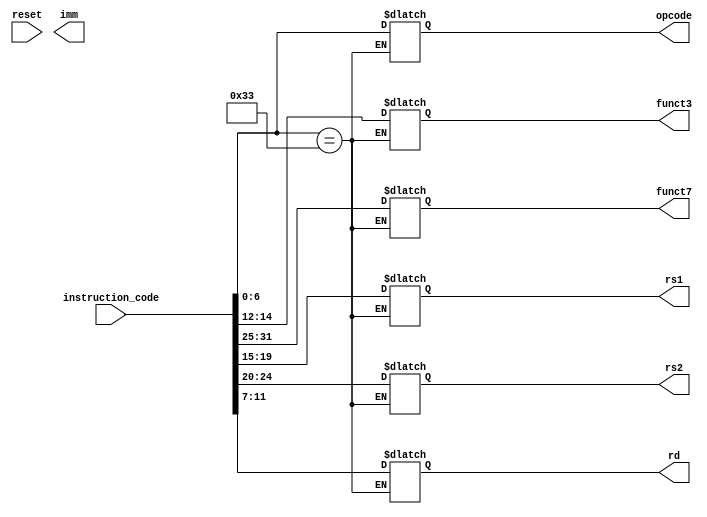
`timescale 1ns / 1ps

module inst_memory(
input [31:0] instruction_code,
input reset,
output reg [11:0] imm,
output reg [6:0] opcode,
output reg [2:0] funct3,
output reg [6:0] funct7,
output reg [4:0] rs1,
output reg [4:0] rs2,
output reg [4:0] rd);
always @(reset)
begin 
if (instruction_code[6:0]==7'b0110011) // r-type instruction
begin 
funct7 = instruction_code[31:25];  
rs2 = instruction_code[24:20];
rs1 = instruction_code[19:15];
funct3 = instruction_code[14:12];
rd = instruction_code[11:7];
opcode = instruction_code[6:0]; 
end
end
endmodule